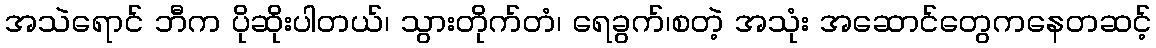
အသဲရောင် ဘီက ပိုဆိုးပါတယ်၊ သွားတိုက်တံ၊ ရေခွက်၊စတဲ့ အသုံး အဆောင်တွေကနေတဆင့်